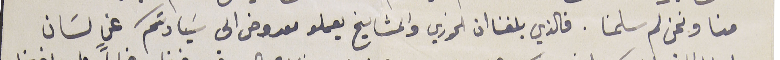
منا ونحن لم سلمنا. فالذي بلغنا ان الخوري والمشايخ يعملو معروض الى سَيادتكم عن لسان